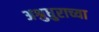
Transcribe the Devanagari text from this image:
अश्रुधुराच्या